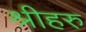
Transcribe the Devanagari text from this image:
श्रीहरु